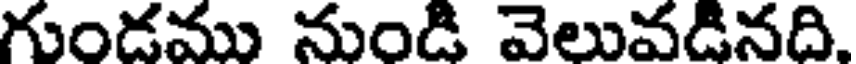
గుండము నుండి వెలువడినది.